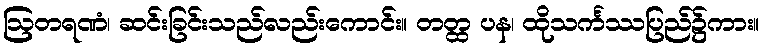
ဩတရဏံ၊ ဆင်းခြင်းသည်လည်းကောင်း။ တတ္ထ ပန၊ ထိုသင်္ကဿပြည်၌ကား။